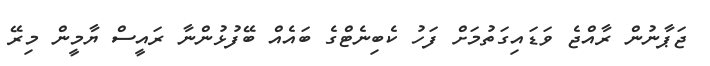
ޖަޕާނުން ރާއްޖެ ވަޑައިގަތުމަށް ފަހު ކެބިނެޓްގެ ބައެއް ބޭފުޅުންނާ ރައީސް ޔާމީން މިރޭ